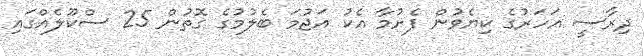
ދިރާސީ އަހަރުގެ ކިޔެވުން ފެށުމާ އެކު އަޖުމަ ބެލުމުގެ ގޮތުން 25 ސްކޫލެއްގައި